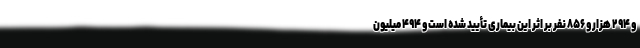
و ۲۹۴ هزار و ۸۵۶ نفر بر اثر این بیماری تأیید شده است و ۴۹۴ میلیون